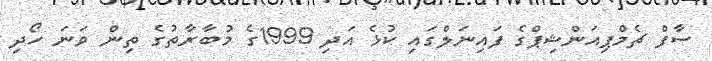
ސާފް ޗެމްޕިއަންޝިޕްގެ ފައިނަލްގައި ކުޅެ އަދި 1999ގެ މުބާރާތުގެ ތިން ވަނަ ހޯދި